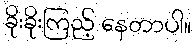
ခိုးခိုးကြည့် နေတာပါ။